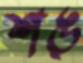
শঙ্